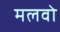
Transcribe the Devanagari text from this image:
मलवो